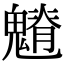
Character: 𩴎